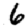
Digit: 6